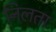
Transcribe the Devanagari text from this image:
निलता